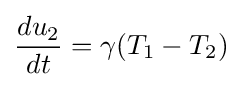
{\frac {du_{2}}{dt}}=\gamma (T_{1}-T_{2})